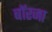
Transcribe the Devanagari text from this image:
बॉरजा